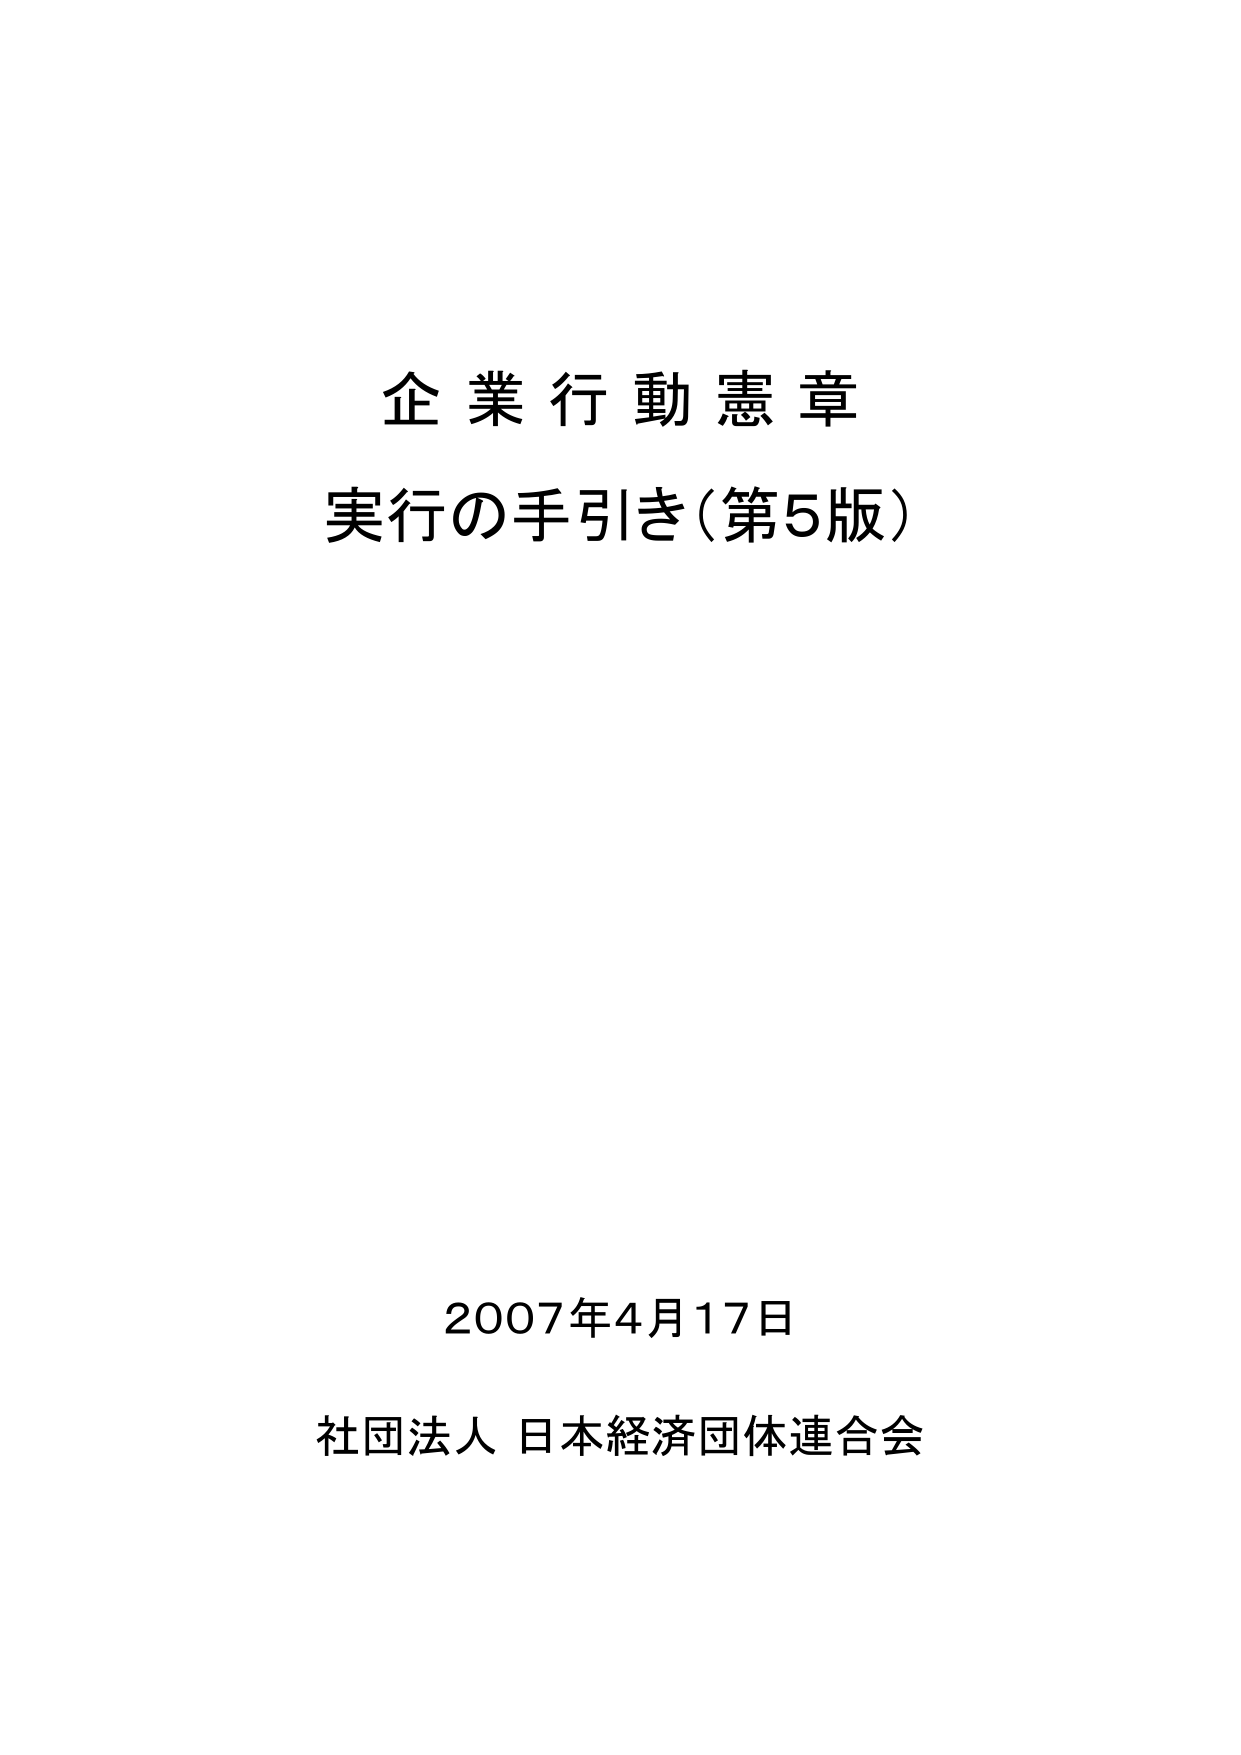
企業行動憲章
実行の手引き（第5版）

2007年4月17日
社団法人 日本経済団体連合会